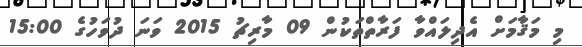
މި މަޤާމަށް އެދިލައްވާ ފަރާތްތަކުން 09 މާރިޗު 2015 ވަނަ ދުވަހުގެ 15:00